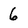
Character: 6